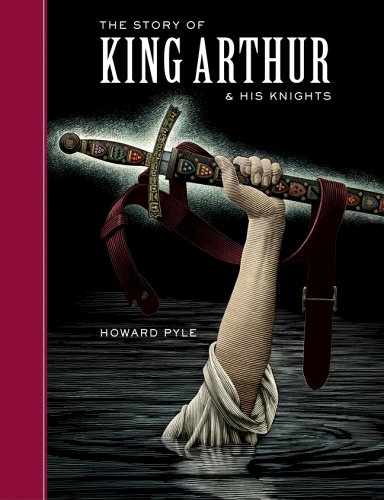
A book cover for The Story of King Arthur and His Knights (Sterling Unabridged Classics); Howard Pyle; Children's Books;